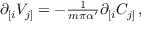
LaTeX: \partial _ { [ i } V _ { j ] } = - { \textstyle \frac { 1 } { m \pi \alpha ^ { \prime } } } \partial _ { [ i } C _ { j ] } \, ,